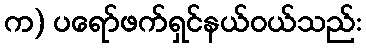
က) ပရော်ဖက်ရှင်နယ်ဝယ်သည်: